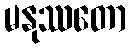
မနုဿတော